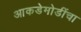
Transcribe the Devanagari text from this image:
आकडेमोडींचा